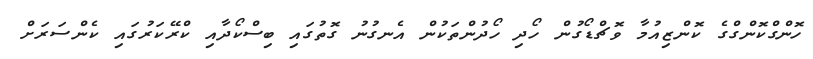
ހޮންގްކޮންގްގެ ކޮންޒިއުމާ ވޮޗްޑޯގުން ހޯދި ހޯދުންތަކުން އެނގުނު ގޮތުގައި ބިސްކޯދާއި ކްރޭކަރުގައި ކެންސަރަށް